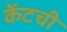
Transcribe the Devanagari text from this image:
केंटची